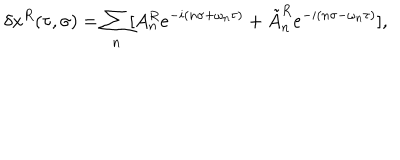
\delta x ^ { R } ( \tau , \sigma ) = \sum _ { n } [ A _ { n } ^ { R } e ^ { - i ( n \sigma + \omega _ { n } \tau ) } + \tilde { A } _ { n } ^ { R } e ^ { - i ( n \sigma - \omega _ { n } \tau ) } ] ,